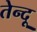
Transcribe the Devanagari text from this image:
तेन्दू